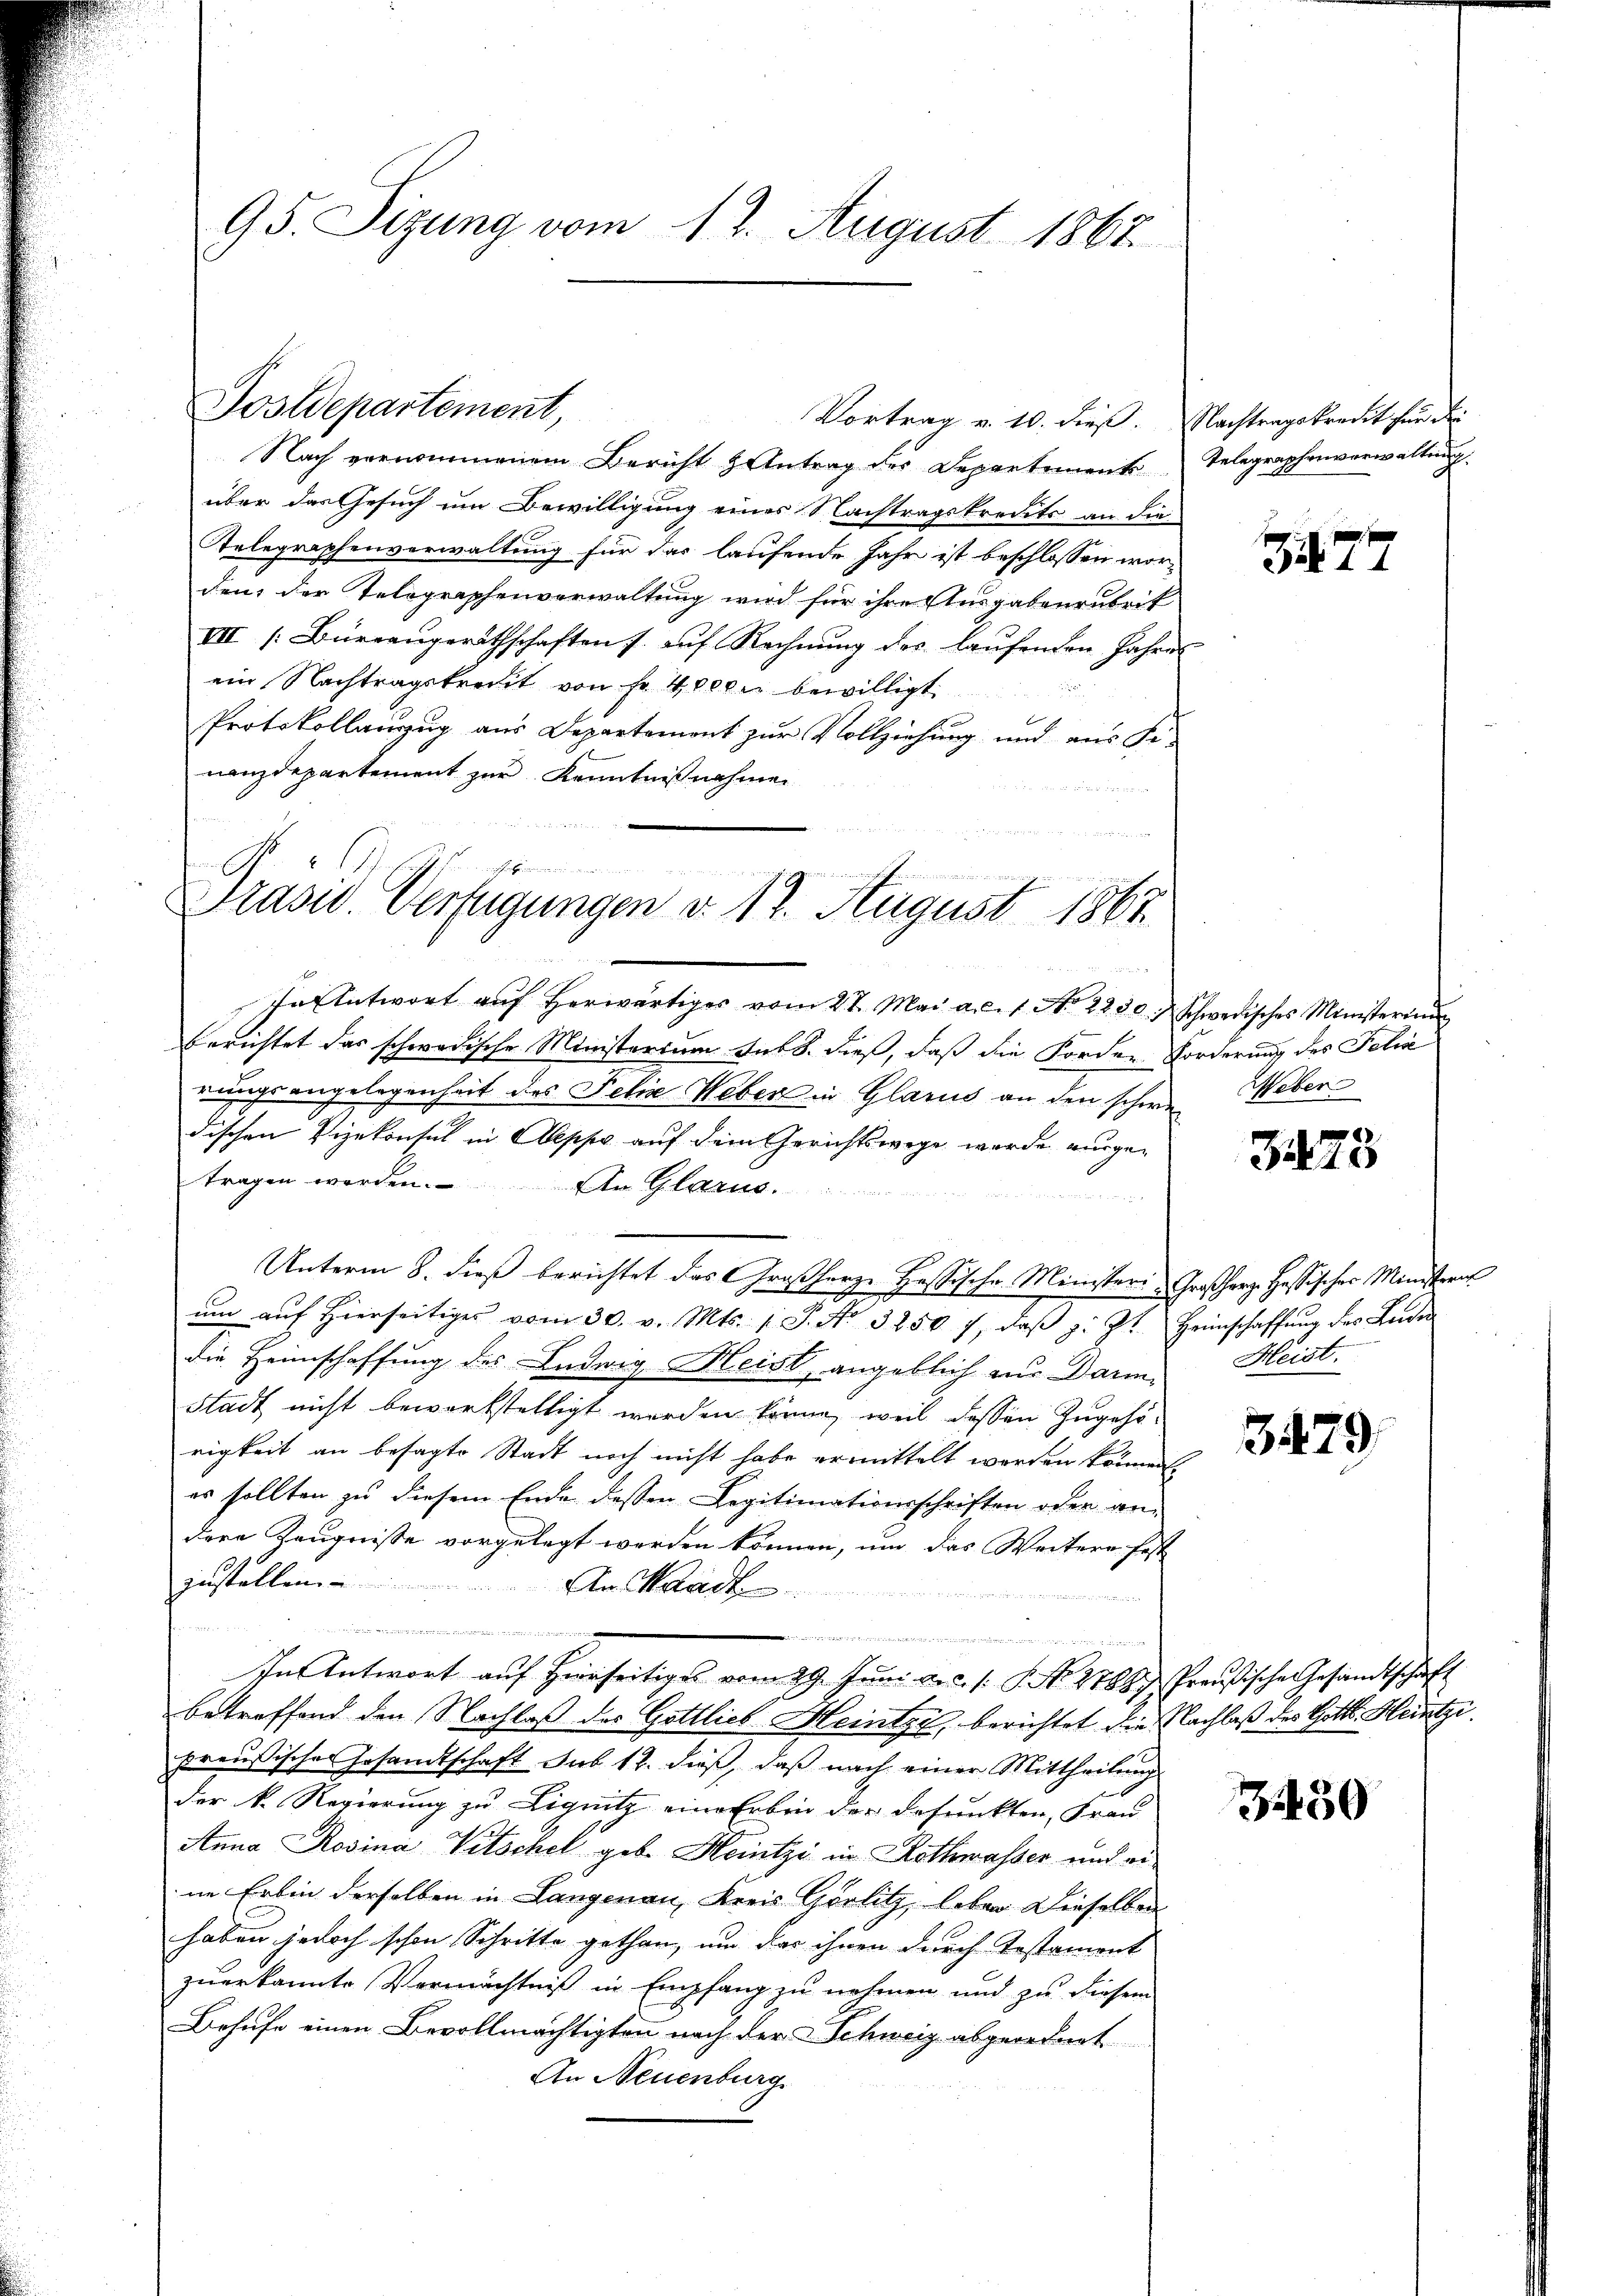
95. Sizung vom 13. August 1867.

Postdepartement,

Nach vernommenem Bericht & Antrag des Departement Telegraphenverwaltung
über das Gesuch um Bewilligung eines Nachtragskredits an die
Telegraphenverwaltung für das laufende Jahr ist beschlossen worden, der Telographenverwaltung wird für ihre Ausgabenerbeit
VII [Büreaŭgeräthschaften f. aŭf Rechnŭng des laŭfenden Jahres
ein Nachtragskredit von Fr. 4000 bewilligt.
Protokollanzug aus Departement zur Vollziehung und aus Ge-
nanzdepartement zur Kenntnißnahmen

Vortrag v. 10. dieß. Nachtragskredit für die

e

Präsid. Verfügungen v. 17. August 1867.

In Antwort aŭf herwärtiges vom 27. Mai a. c. 1. No. 2230. schwerisches Ministerium
berichtet das schwedische Ministerium futb. dieß, daß die Forden Forderung des Felix
rungsangelegenheit des Felix Weber in Glarus an den schöne Weberdischen Vizekonsul in Abscher auf dem Gerichtswege wurde ausgetragen werden. Ein Glarus.
Unterm 8. dieß berichtet das Großherze Hassische Ministeri, Großherz. Hassischer Ministra
ŭm aŭf hierseitiger vom 30. v. Mts. (T. No. 3250 f., daβ z. Zt. Heimschaffŭng des Leiden
die Heimschaffung des Ludwig Heist, angeblich zur Darin Heist.
Stadt nicht beworfstelligt werden könne, weil dessen Zugehörigkeit an besagte Stadt noch nicht habe ermittelt worden können.
es sollten zu diesem Ende dessen Legitimationsschriften oder an
dere Zeugnisse vorgelegt werden können, um das Weitere fest
zustellen ............... An Waad
e
e man
In Antwort auf Hierseitiges vom 29. Juni a.c. s. S. No. 2768 Preußische Gesandtschaft
betreffend den Nachlaß des Gottlieb Heintze, berichtet die Nachlaß des Gottl. Heintzi
preußische Gesandtschaft sub 12. dieß, daß nach einer Mittheilung
der k. Regierung zu Lignitz eine Erben der defunkten, Frau
Anna Rosina Witschel geb. Heitzi in Rothwasser und eine Erbin derselben in Langenau, Kreis Görlitz, leben dieselben
haben jedoch schon Schritte gethan, um das ihnen durch Testament
zuerkannte Vermächtniß in Empfang zu nehmen und zu diesem
Behufe einen Bevollmächtigten nach der Schweiz abgeordnet
An Neuenburg

7

8
210

3479

450